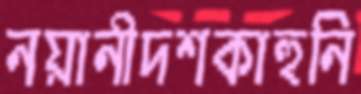
নয়ানীদশকাহুনি